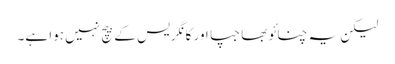
لیکن یہ چنائو بھاجپا اور کانگریس کے بیچ نہیں ہوا ہے۔